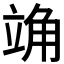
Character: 𫁣